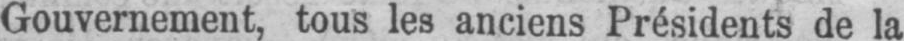
Gouvernement, tous les anciens Présidents de la